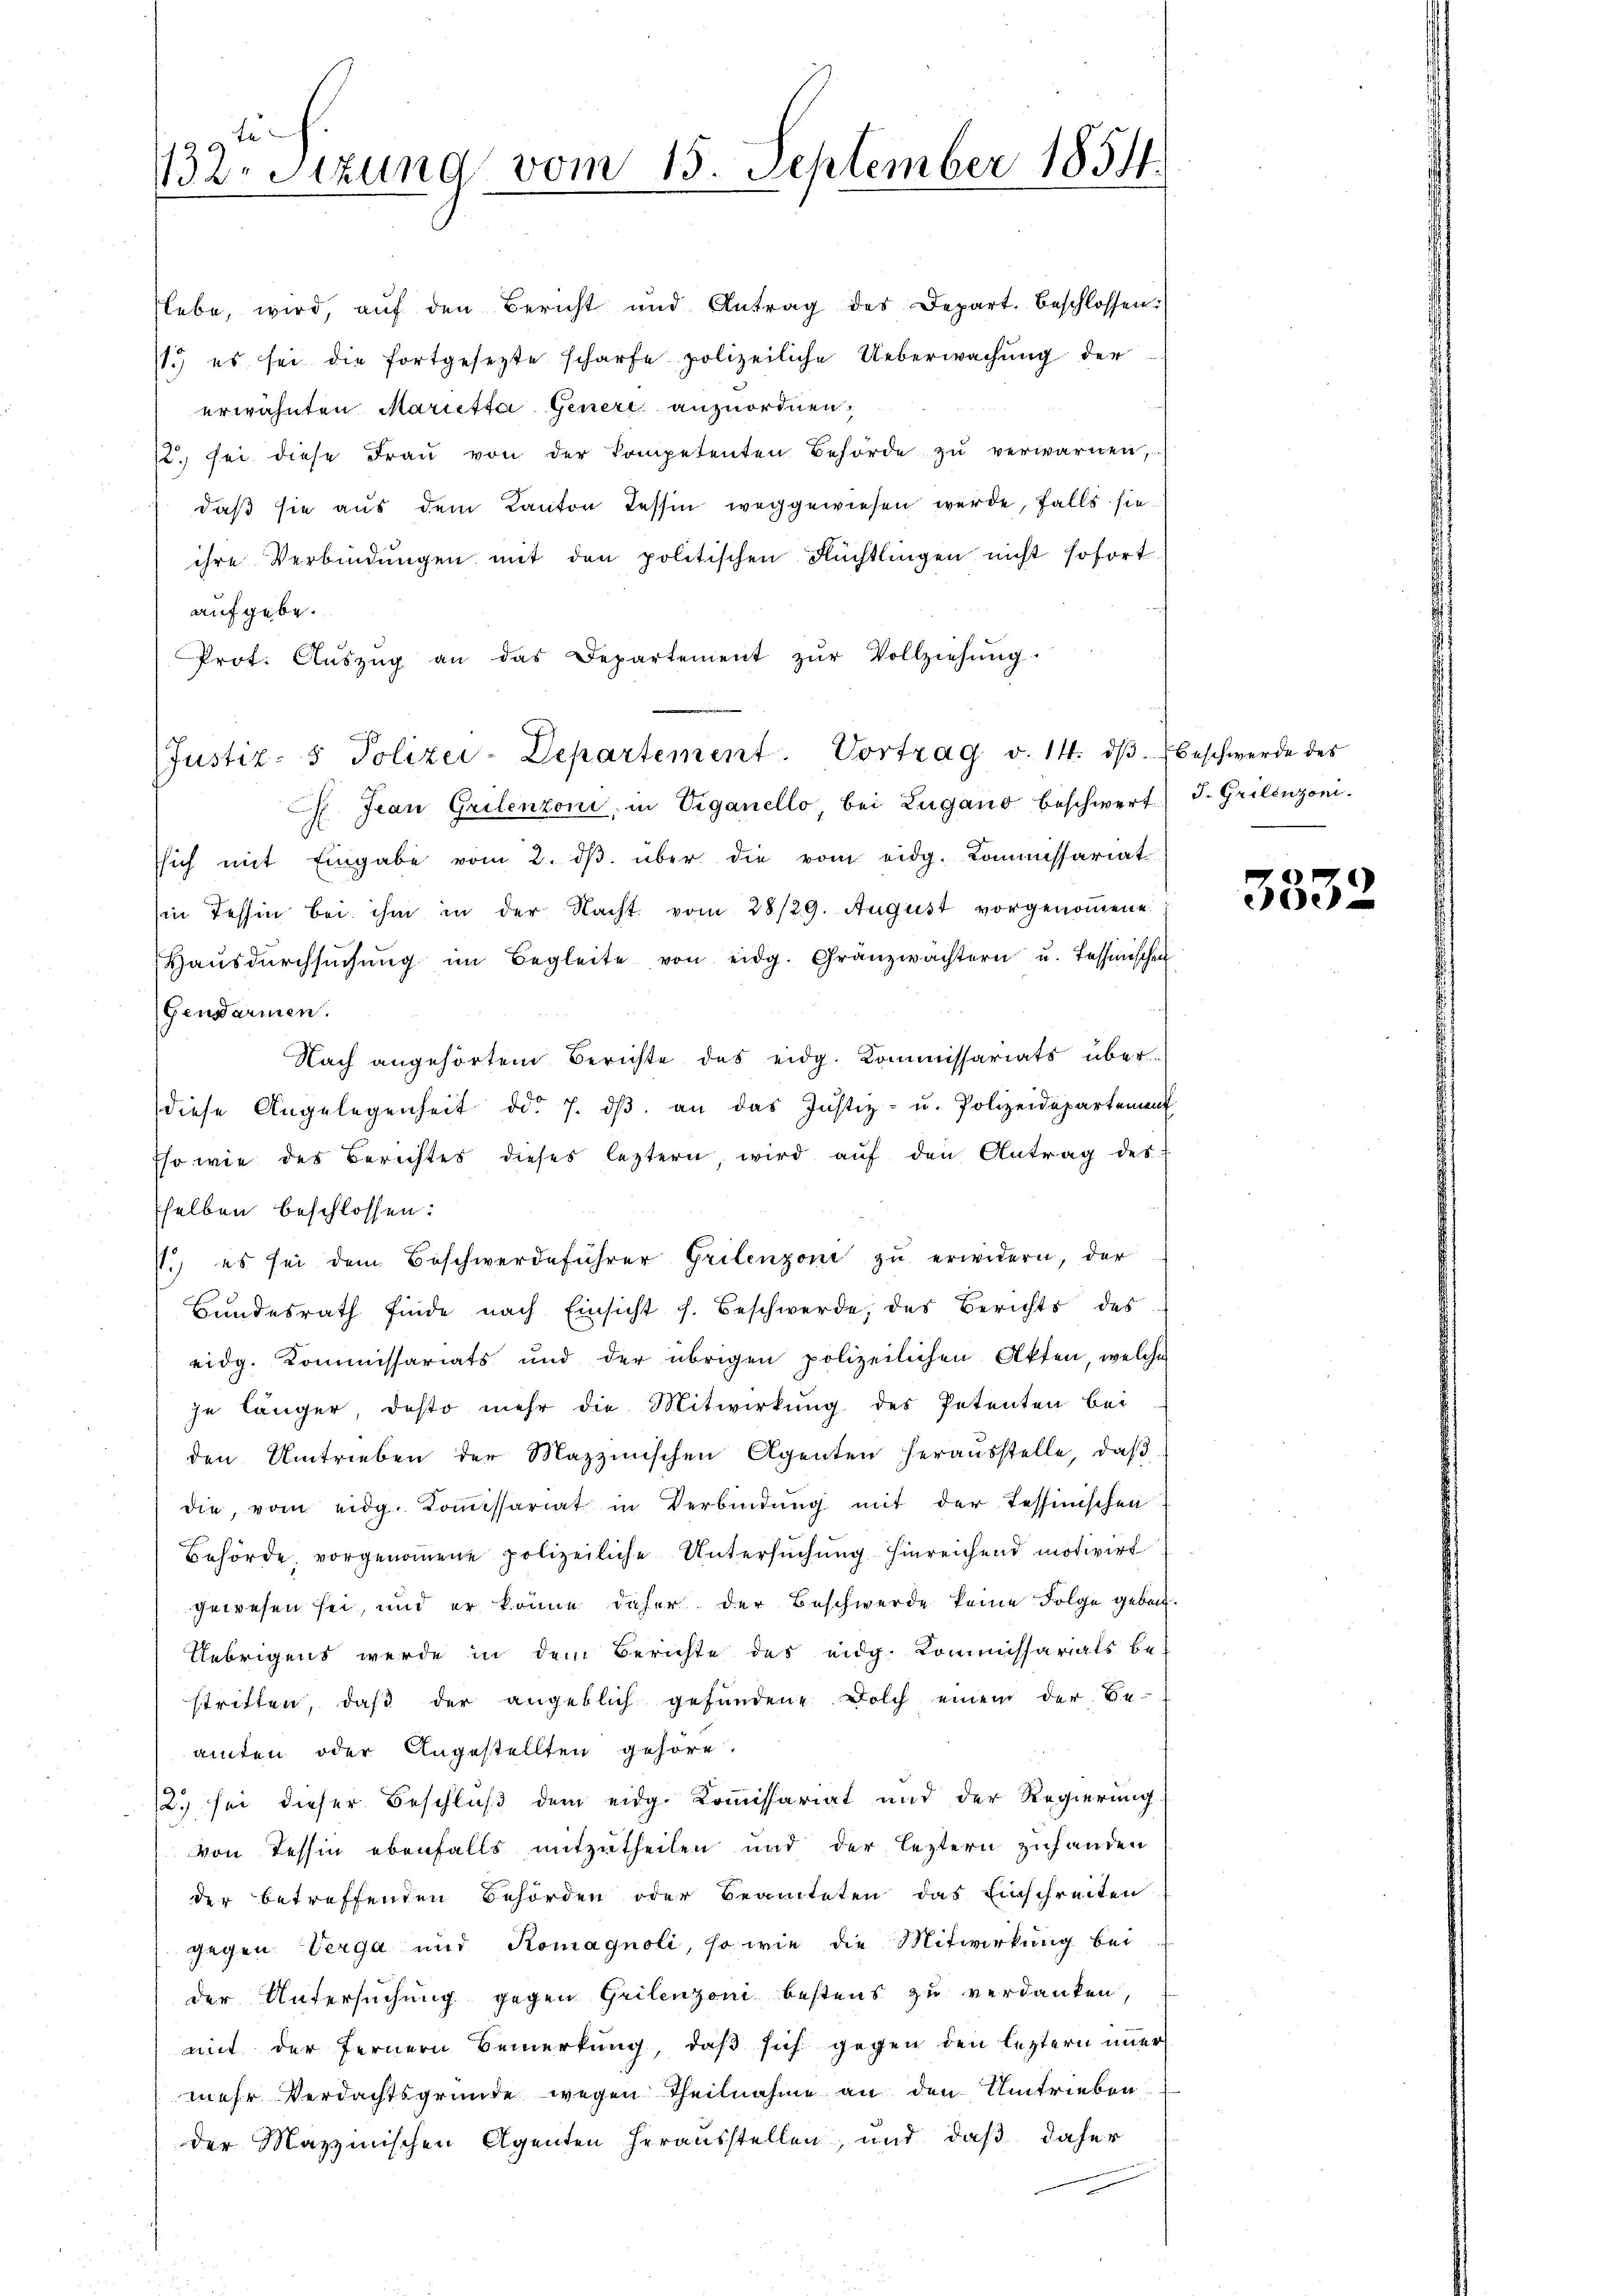
fe
132. Sitzung vom 15. September 1854.

ebe, wird, aŭf den Bericht und Antrag des Depart. beschlossen.
1.) es sei die fortgesezte scharfe polizeiliche Ueberwachung der
erwähnten Marietta Generi anzuordnen.
. sei diese Fraŭ von der kompetenten Behörde zŭ verwarnen,
daß sie aus dem Kanton Tessin weggewiesen wurde, falls sie
ihre Verbindŭngen mit den politischen Rüchtlingen nicht sofort
aufgebe.
Prot. Aŭszŭg an das Departement zŭr Vollziehŭng
 Jean Grilenzoni, in Viganello, bei Lugano beschwert) J. Grilinzoni.
ssich mit Eingabe vom 2. dβ über die vom eidg. Kommissariat
in Tessin bei ihm in der Nacht vom 28/29. August vorgenommene
Haŭsdŭrchsŭchŭng im Begleite von eidg. Gränzwachtern u. Tessinischen
Gendarmen.
Nach angehörtem Berichte des eidg. Kommissariats überdiese Angelegenheit od. 7. dβ an das Justiz- u. Polizeidepartement
Eso wie des Berichtes dieses leztern, wird auf den Antrag des
selben beschlossen:
.) es sei dem Beschwerdeführer Grilenzoni zu erwidern, der
Bundesrath finde nach Einsicht s. Beschwerde, des Berichts des
eidg. Kommissariats und der übrigen polizeilichen Akten, welche
je länger, desto mehr die Mitwirkung des Petenten bei
den Umtrieben der Mazzinischen Agenten heraŭsstelle, daβ
die, vom eidg. Komissariat in Verbindŭng mit der Tessinischen
Behörde, vorgenommene polizeiliche Untersuchung hinreichend motivirt
gewesen sei, und er könne daher der Beschwerde keine Folge geben.
Uebrigens werde in dem Berichte des eidg. Kommissarials be-
stritten, daβ der angeblich gefundene Dolch einem der Be-
amten oder Angestellten gehöre.
12.) sei dieser Beschluß dem eidg. Kommissariat und der Regierung.
von Tessin ebenfalls mitzutheilen und der leztern zuhanden
der betreffenden Behörden oder Beamteten das Einschreiten
gegen Verga und Romagnoli, so wie die Mitwirkung bei
der Untersuchung gegen Grilenzoni bestens zu verdanken,
mit der Fernern Bemerkung, daß sich gegen den leztern immer
mehr Verdachtsgrunde wegen Theilnahme an den Umtrieben
der Mazinischen Agenten herausstellen, und daß daher

Justiz- & Polizei-Departement. Vortrag v. 14. dβ beschwerde des

3332